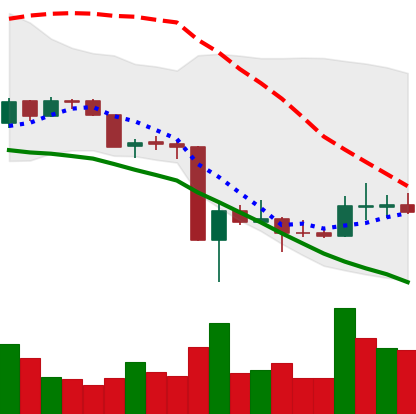
Ticker: DOGE-USD
Chart end date: 2020-03-22
Forward return: 4.391%
Label: up_3_5